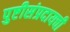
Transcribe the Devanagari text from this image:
पुष्टीसंप्रदायची